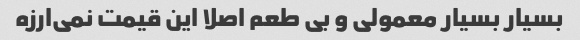
بسیار بسیار معمولی و بی طعم اصلا این قیمت نمی‌ارزه